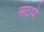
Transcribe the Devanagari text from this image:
सटाये